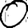
Digit: 0